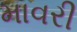
માવરી